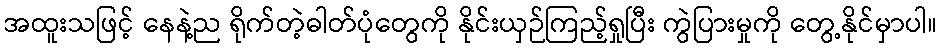
အထူးသဖြင့် နေနဲ့ည ရိုက်တဲ့ဓါတ်ပုံတွေကို နိုင်းယှဉ်ကြည့်ရှုပြီး ကွဲပြားမှုကို တွေ့နိုင်မှာပါ။